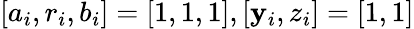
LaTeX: [a_{i},r_{i},b_{i}]=[1,1,1],[\mathbf{y}_{i},z_{i}]=[1,1]